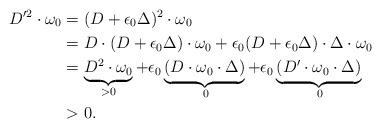
LaTeX: \begin{align*}D'^2\cdot\omega_0 &=(D+\epsilon_0\Delta)^2\cdot\omega_0\\&= D\cdot(D+\epsilon_0\Delta)\cdot\omega_0+\epsilon_0(D+\epsilon_0\Delta)\cdot\Delta\cdot\omega_0\\ &=\underbrace{D^2\cdot\omega_0}_{>0}+\epsilon_0\underbrace{(D\cdot\omega_0\cdot\Delta)}_{\>0}+\epsilon_0\underbrace{(D'\cdot\omega_0\cdot\Delta)}_{\>0}\\ & >0.\end{align*}